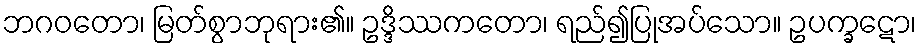
ဘဂဝတော၊ မြတ်စွာဘုရား၏။ ဥဒ္ဒိဿကတော၊ ရည်၍ပြုအပ်သော။ ဥပက္ခဋော၊